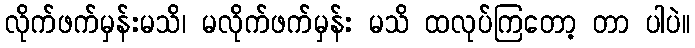
လိုက်ဖက်မှန်းမသိ၊ မလိုက်ဖက်မှန်း မသိ ထလုပ်ကြတော့ တာ ပါပဲ။